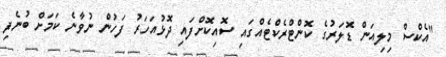
"އެކްސް މިލިއަން ޑޮލަރުގެ ކޮންޓްރެކްޓެއްގައި ސޮއިކޮށްފައި ދޮޅުއަހަރު ފަހުން ނުވާނެ ކަމަށް ބުނެފި